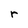
Character: r